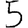
Digit: 5